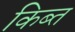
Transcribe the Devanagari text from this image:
किब्त